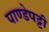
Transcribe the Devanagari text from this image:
पाण्डेपट्टी